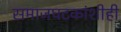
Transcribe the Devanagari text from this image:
समाजघटकांशीही